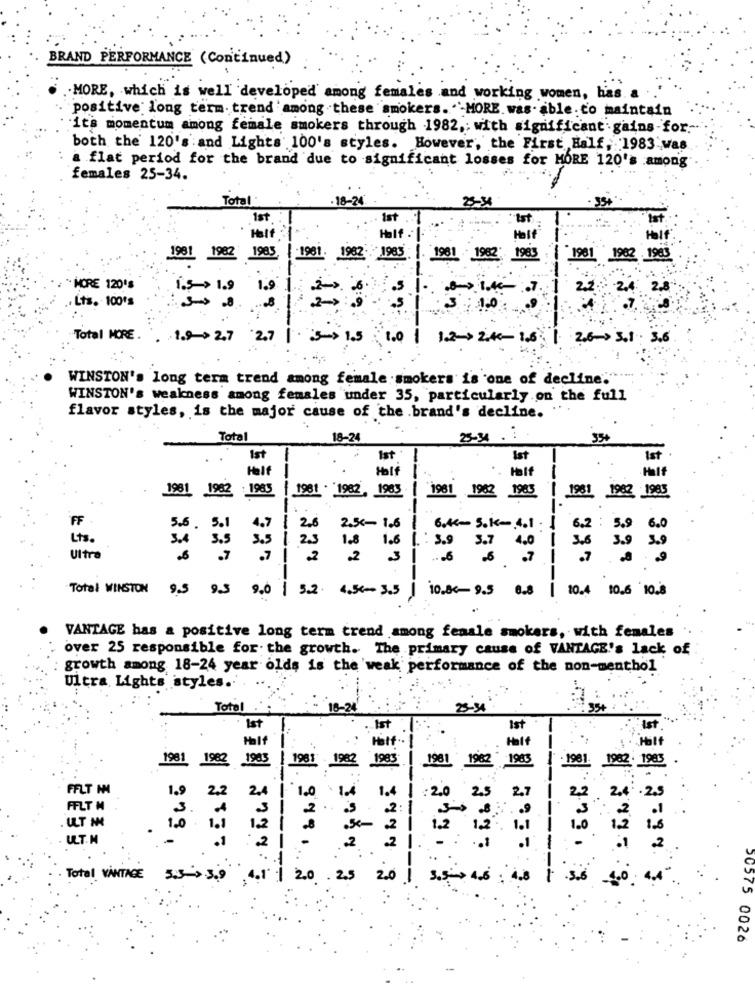
BRAND PERFORMANCE (Continued)
.. MORE, which is well developed among females and working women, has. a
positive long term. trend among these smokers. "MORE. was- able. to maintain
its momentum among female smokers through 1982, with significant gains-for.
both the' 120's and Lights 100's styles. However, the First Half, 1983 Was
a flat period for the brand due to significant losses for MORE 120's among
females 25-34.
Total
-18-24
25-34
1st
Ist
Half
Half
Half
1981 1982 1985
:1931. 1982 1983 | 1981 1982 1985
1981 1982 1983
- MORE 120'S
1.5 > 1.9
1.9
, Lts. 100's
Total MORE.
. 19->27 27 ->15: 1.0| 12- 240- 1.6 | 263.1. 3.6
WINSTON's long term trend among female smokers is one of decline.".";
WINSTON's weakness among females under 35, particularly on the full
flavor styles, is the major cause of the brand's decline.
Total
18-24
25-34 . :
354
Ist
Ist
Ist
Ist
Helf
..
Half
--
1981 1982 1985
1981 1962 1985
1 1981 . 1982, 1963
1961 1962 1985
----
FF
5.6 . 5.1
4.7 / 2.6
2.5€ - 1.6
6.44-5.k -. 4.1. 1
6.2 : 5.9
6.0
Lts.
3.4
3.5
3.5 1 23
1.8
1 : 3.9
1.6
3.7 4.0
1 3.6
3.9
Ultra
.7
.7 2
.2
3
... 6
.7
..
------
VANTAGE has a positive long term trend among female smokers, with females ..
over 25 responsible for. the growth. The primary cause of VANTAGE's lack of
growth among 18-24 year olds is the weak performance of the non-menthol
Ultra Lights styles.
Total
18-24
23-34
Ist
Ist
1st
Half
S WERE
Hat
Half
1981 1982
1983
1 1981
1982
1983
1981
1983
- 1981
1983
1982
FFLT IN
1.9
2,2
2.
1.0
1.4
2.7
25
2.0
2.5
2.
FFLT M
3
2:
.9
1.0
1.1
1.2
1.0
ULT.M
.1
2
: 2
Total VANTAGE 5.5-3.9 4.1 | 2.0 2.5 2.0
---
3.5-> 4.6 : 4.8
1 .5.6
---
-40
50575 0026